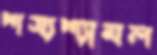
শস্যশ্যামল